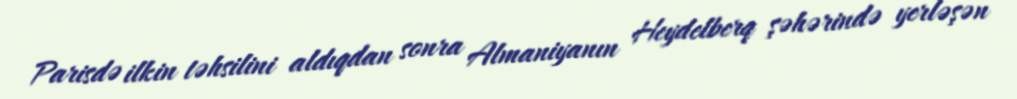
Parisdə ilkin təhsilini aldıqdan sonra Almaniyanın Heydelberq şəhərində yerləşən